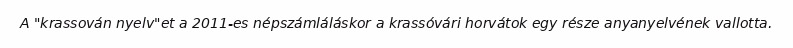
A "krassován nyelv"et a 2011-es népszámláláskor a krassóvári horvátok egy része anyanyelvének vallotta.